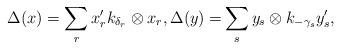
LaTeX: \begin{align*}\Delta(x)=\sum_r x'_rk_{\delta_r}\otimes x_r,\Delta(y)=&\sum_s y_s\otimes k_{-\gamma_s}y'_s,\end{align*}